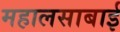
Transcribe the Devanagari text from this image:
महालसाबाई